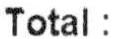
TOTAL :